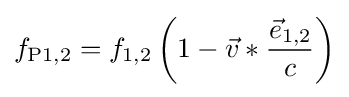
f_{\text{P1,2}}=f_{\text{1,2}}\left(1-{\vec {v}}\ast {\frac {{\vec {e}}_{\text{1,2}}}{c}}\right)